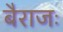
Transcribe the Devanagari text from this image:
बैराजः